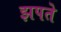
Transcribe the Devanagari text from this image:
झपते